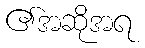
၏အဆိုအရ